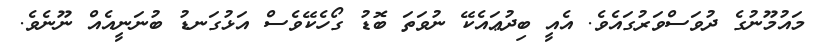
މައުމޫނުގެ ދުވަސްވަރުގައެވެ. އެއީ ބިދުޢައެކޭ ނުވަތަ ބޮޑު ގޯހެކޭވެސް އަޅުގަނޑު ބުނަނީއެއް ނޫނެވެ.